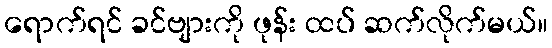
ရောက်ရင် ခင်ဗျားကို ဖုန်း ထပ် ဆက်လိုက်မယ်။